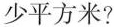
少平方米?